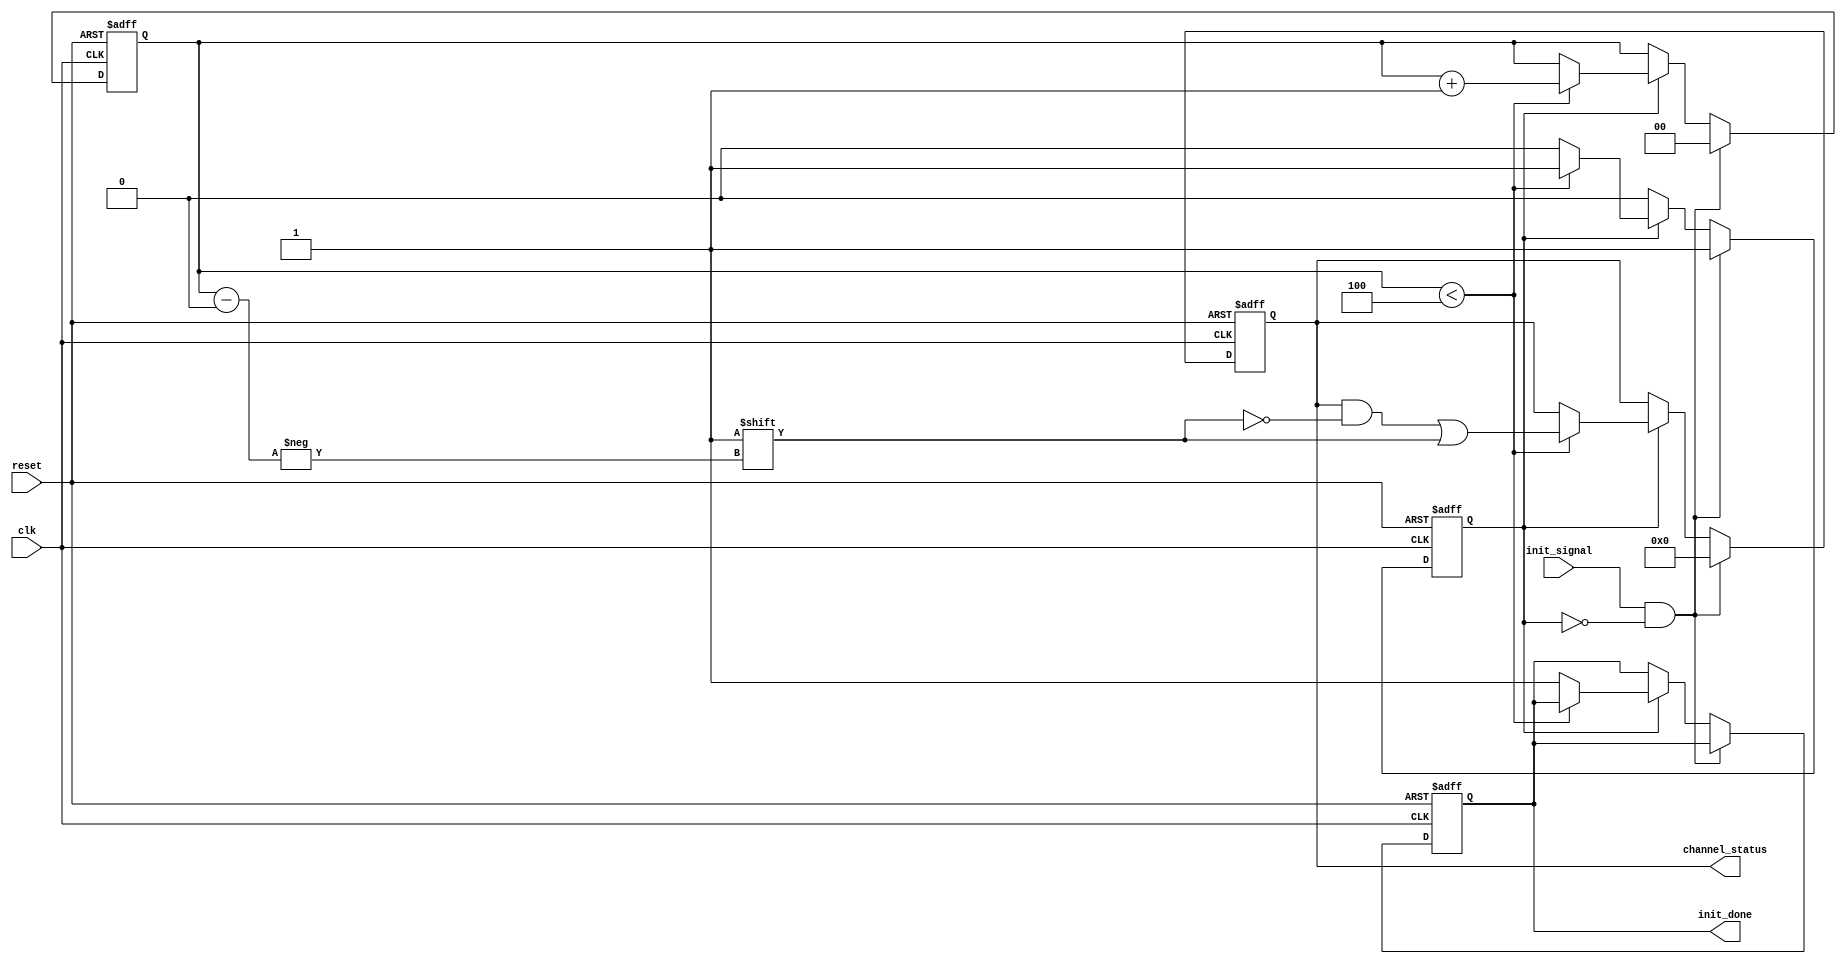
module multi_channel_init #(
    parameter CHANNEL_COUNT = 4  // Parameter for number of channels
)(
    input wire clk,
    input wire reset,
    input wire init_signal,
    output reg [CHANNEL_COUNT-1:0] channel_status,
    output reg init_done
);

    // Internal signals
    reg [1:0] current_channel;  // Counter to track the current channel being initialized
    reg initializing;           // Flag to indicate whether initialization is in progress

    // Initialization process
    always @(posedge clk or posedge reset) begin
        if (reset) begin
            // Reset condition: Set all channels to uninitialized state
            channel_status <= {CHANNEL_COUNT{1'b0}};
            init_done <= 1'b0;
            current_channel <= 0;
            initializing <= 1'b0;
        end else if (init_signal && !initializing) begin
            // Start initialization process
            initializing <= 1'b1;
            current_channel <= 0; // Start from first channel
            channel_status <= {CHANNEL_COUNT{1'b0}}; // Reset channel status
        end else if (initializing) begin
            // Iterate through channels for initialization
            if (current_channel < CHANNEL_COUNT) begin
                // Simulate channel initialization (for example, setting a default value)
                // Here, we simply mark the channel as initialized
                channel_status[current_channel] <= 1'b1; // Set channel as initialized
                
                // Move to the next channel
                current_channel <= current_channel + 1;
            end else begin
                // All channels initialized
                init_done <= 1'b1;
                initializing <= 1'b0; // End initialization process
            end
        end
    end

endmodule